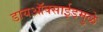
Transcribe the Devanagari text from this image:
डायऑक्साईडमुळे